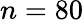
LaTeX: n=80